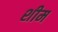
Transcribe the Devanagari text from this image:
शीम